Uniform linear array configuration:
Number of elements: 48
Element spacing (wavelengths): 0.75
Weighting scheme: kaiser
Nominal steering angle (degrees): -45
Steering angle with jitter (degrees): -43.936
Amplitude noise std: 0.05
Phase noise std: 0.05

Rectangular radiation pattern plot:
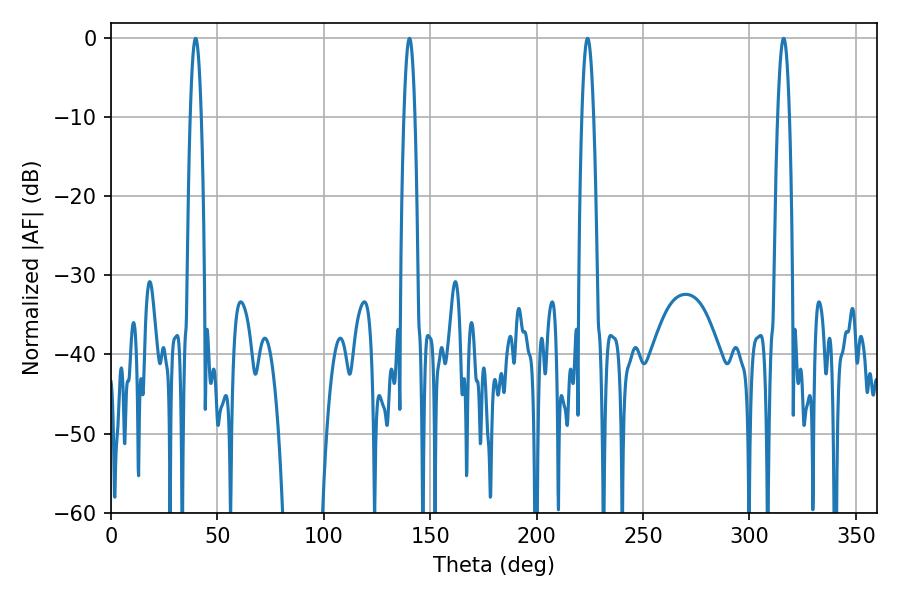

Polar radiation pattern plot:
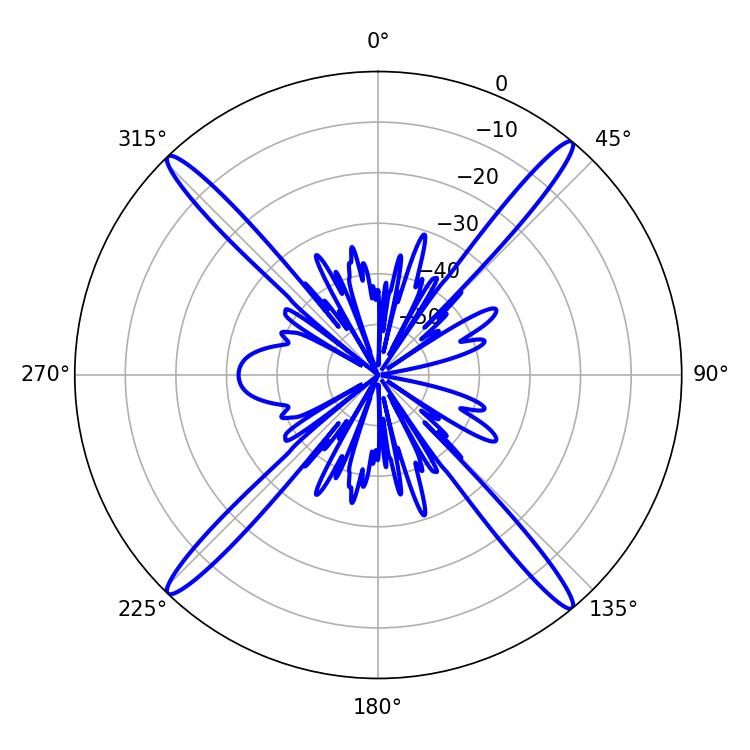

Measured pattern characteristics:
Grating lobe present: TRUE
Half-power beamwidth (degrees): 2.88
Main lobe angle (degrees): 223.92